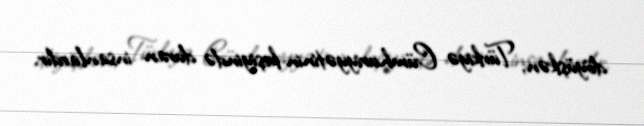
döyüşkən, Türkiyə Cümhuriyyətinin keşiyində duran insanlardır.